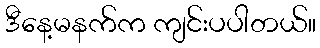
ဒီနေ့မနက်က ကျင်းပပါတယ်။